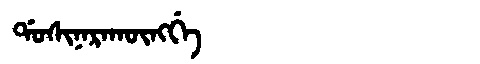
Manchu: ᡩᠣᠰᡳᠨᠠᡵᠠᡴᡡᠩᡤᡝ
Romanization: DOSINARAKŪNGGE